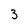
Character: 3